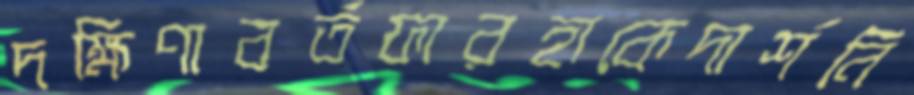
দক্ষিণাবর্তফারহাকেদার্শনি